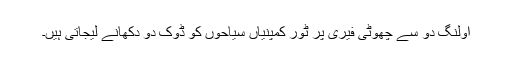
اولنگ دو سے چھوٹی فیری پر ٹور کمپنیاں سیاحوں کو ڈوک دو دکھانے لیجاتی ہیں۔